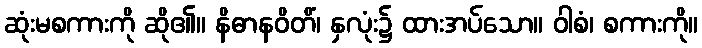
ဆုံးမစကားကို ဆို၏။ နိဓာနဝိတိံ၊ နှလုံး၌ ထားအပ်သော။ ဝါစံ၊ စကားကို။